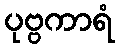
ပုဗ္ဗကာရံ